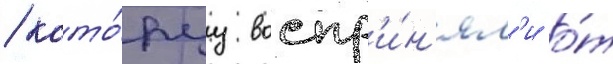
/ кото́руу воспр'и́н'ял'и о́т